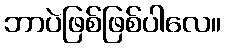
ဘာပဲဖြစ်ဖြစ်ပါလေ။